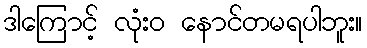
ဒါကြောင့် လုံးဝ နောင်တမရပါဘူး။